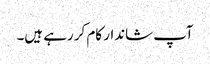
آپ شاندار کام کر رہے ہیں۔